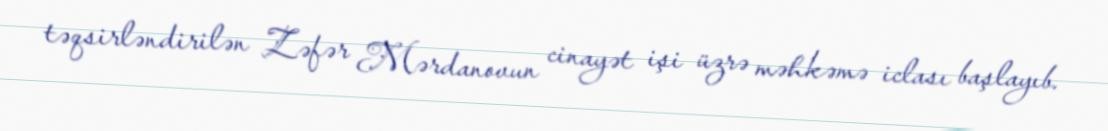
təqsirləndirilən Zəfər Mərdanovun cinayət işi üzrə məhkəmə iclası başlayıb.